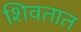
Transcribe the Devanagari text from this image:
शिवतात